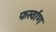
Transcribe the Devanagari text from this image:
फर्स्वाण